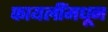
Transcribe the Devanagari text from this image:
फायलींमधून